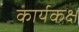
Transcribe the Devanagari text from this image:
कार्यकक्ष